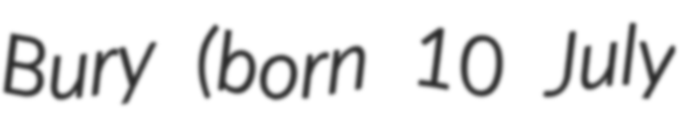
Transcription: Bury (born 10 July